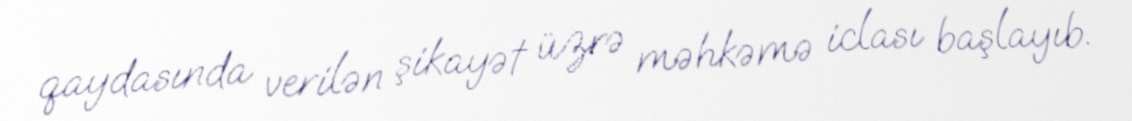
qaydasında verilən şikayət üzrə məhkəmə iclası başlayıb.